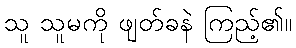
သူ သူမကို ဖျတ်ခနဲ ကြည့်၏။